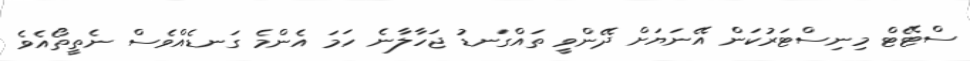
ސްޓޭޓް މިނިސްޓަރުކަން އޭނަޔަށް ދޭންވީ ތައްގަނޑު ޖަހާލާނެ ހަމަ އެންމެ ގަނޑެއްވެސް ނެތީތޯއެވެ